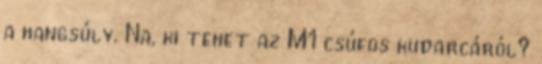
a hangsúly. Na, ki tehet az M1 csúfos kudarcáról?